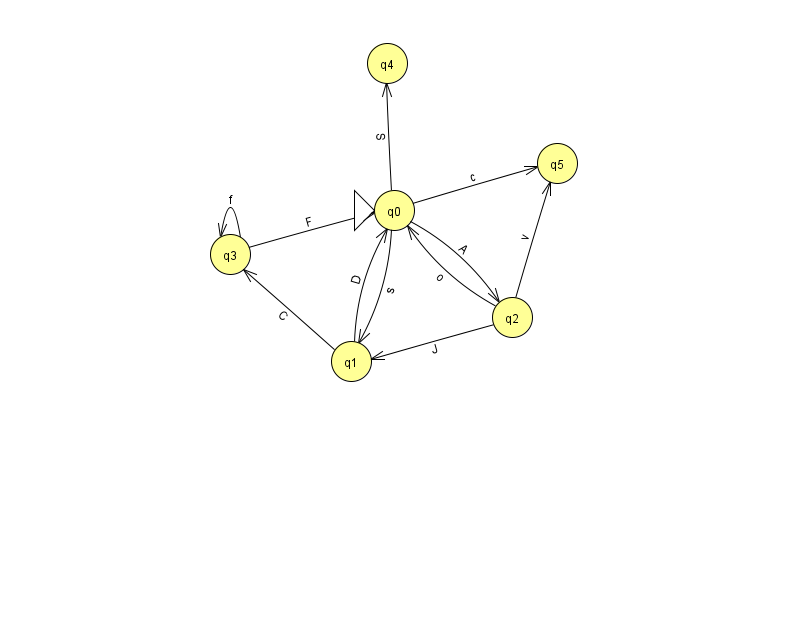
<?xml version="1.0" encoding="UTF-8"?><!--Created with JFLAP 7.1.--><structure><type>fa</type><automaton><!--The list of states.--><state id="0" name="q0"><x>394.0</x><y>197.0</y><initial/></state><state id="1" name="q1"><x>351.0</x><y>348.0</y></state><state id="2" name="q2"><x>512.0</x><y>304.0</y></state><state id="3" name="q3"><x>230.0</x><y>241.0</y></state><state id="4" name="q4"><x>387.0</x><y>50.0</y></state><state id="5" name="q5"><x>557.0</x><y>150.0</y></state><!--The list of transitions.--><transition><from>0</from><to>2</to><read>A</read></transition><transition><from>1</from><to>0</to><read>D</read></transition><transition><from>2</from><to>5</to><read>v</read></transition><transition><from>0</from><to>1</to><read>s</read></transition><transition><from>3</from><to>3</to><read>f</read></transition><transition><from>0</from><to>5</to><read>c</read></transition><transition><from>0</from><to>4</to><read>S</read></transition><transition><from>2</from><to>1</to><read>J</read></transition><transition><from>3</from><to>0</to><read>F</read></transition><transition><from>1</from><to>3</to><read>C</read></transition><transition><from>2</from><to>0</to><read>o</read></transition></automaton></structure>